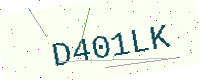
Text: D401LK